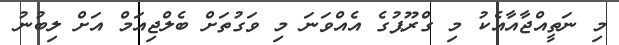
މި ނަތީއްޖާއާއެކު މި ގްރޫޕުގެ އެއްވަނަ މި ވަގުތަށް ބެލްޖިއަމް އަށް ލިބުނު